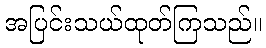
အပြင်းသယ်ထုတ်ကြသည်။